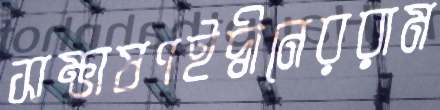
সম্ভাষণইদ্বীনেররাম